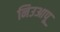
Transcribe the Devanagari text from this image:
निउआपू